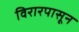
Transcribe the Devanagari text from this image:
विरारपासून